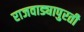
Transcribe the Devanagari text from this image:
राजवाड्यापुरती